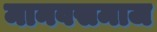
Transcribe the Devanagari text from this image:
मानवसमाज